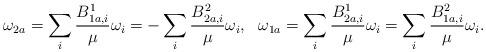
LaTeX: \begin{align*}\omega_{2a}=\sum_i\frac{B^1_{1a,i}}{\mu}\omega_i=-\sum_i\frac{B^2_{2a,i}}{\mu}\omega_i,~~ \omega_{1a}=\sum_i\frac{B^1_{2a,i}}{\mu}\omega_i=\sum_i\frac{B^2_{1a,i}}{\mu}\omega_i.\end{align*}